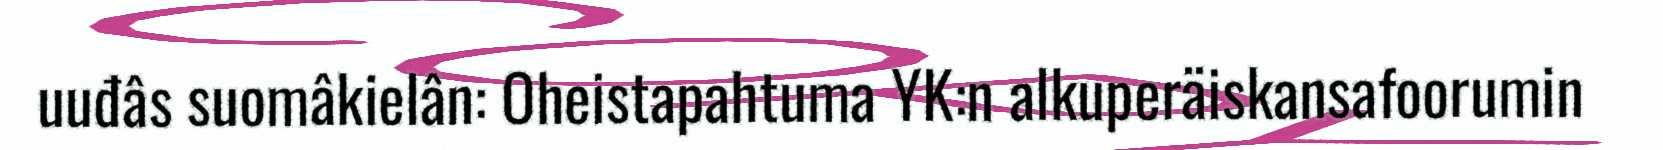
uuđâs suomâkielân: Oheistapahtuma YK:n alkuperäiskansafoorumin